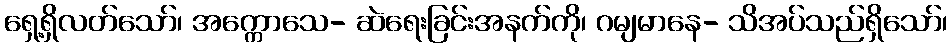
ရှေ့ရှိလတ်သော်၊ အက္ကောသေ- ဆဲရေးခြင်းအနက်ကို၊ ဂမျမာနေ- သိအပ်သည်ရှိသော်၊